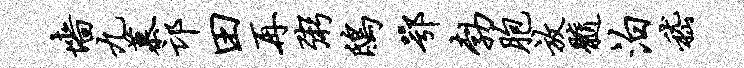
墙九慕邙田再粥鸱鄂勃胞放髓泊嵇